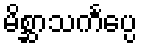
မိစ္ဆာသင်္ကပ္ပေ